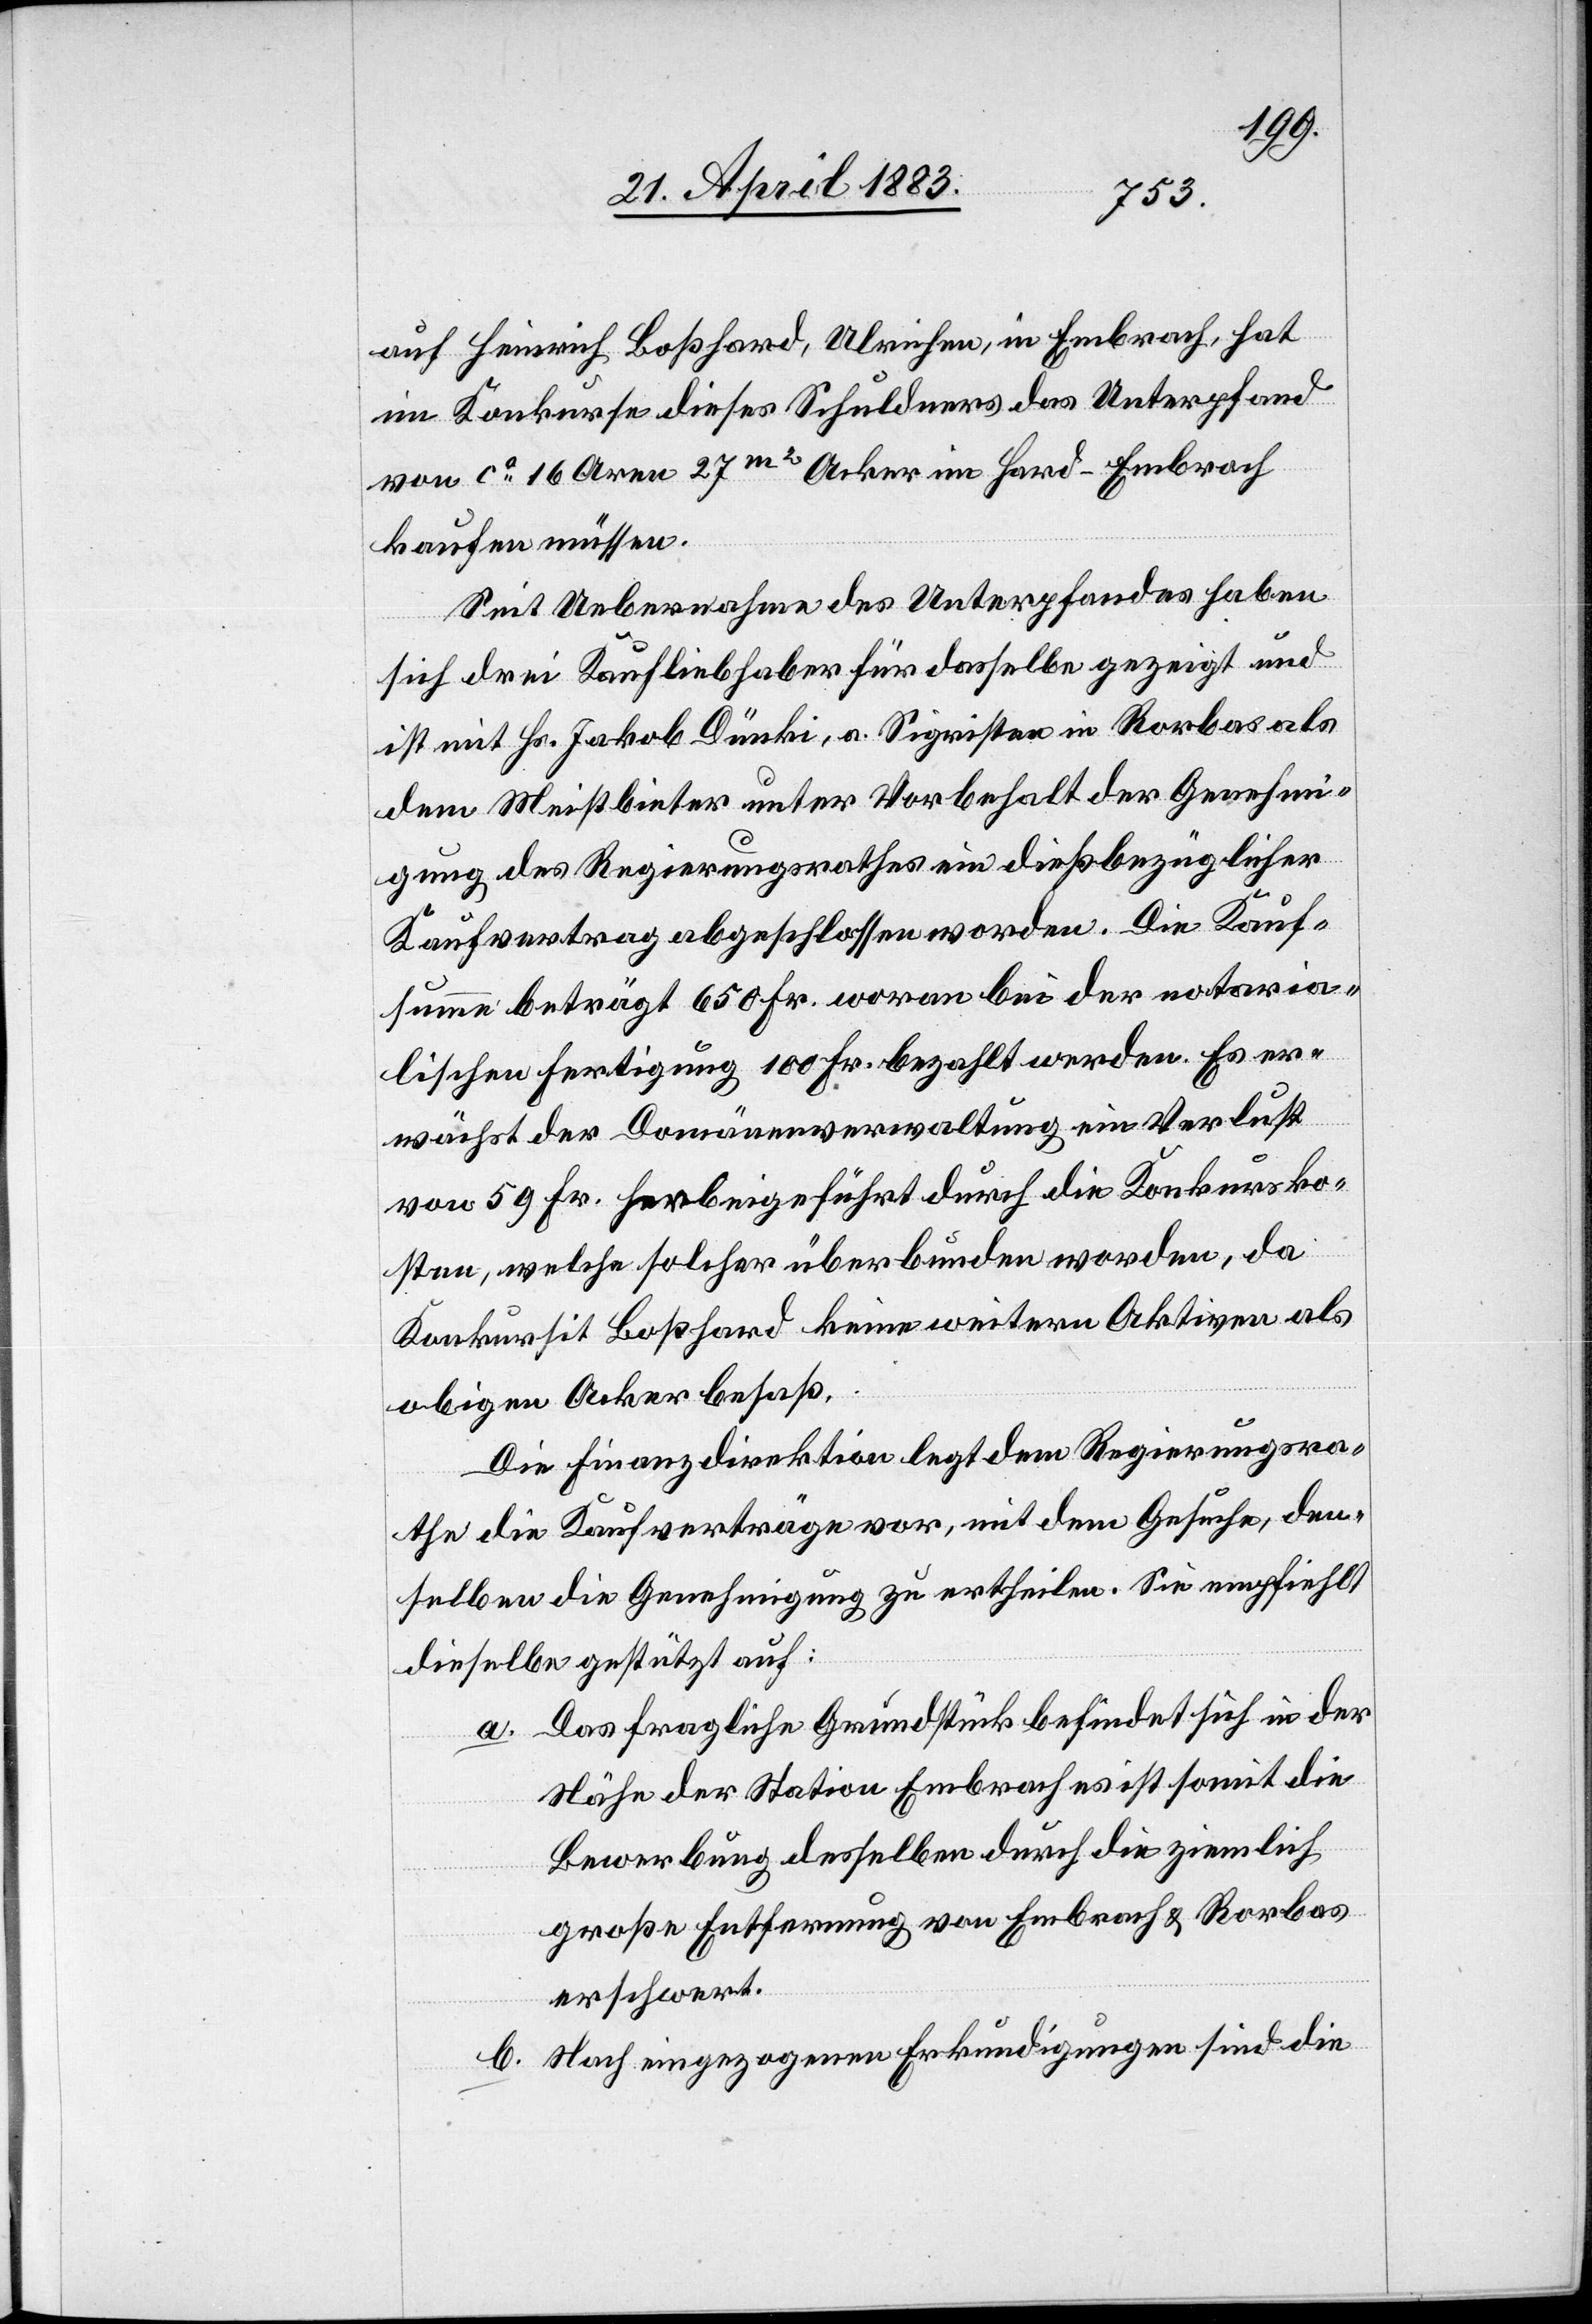
auf Heinrich Boßhard, Ulrichen, in Embrach, hat
im Konkurse dieses Schuldners das Unterpfand
von ca 16 Aren 27m2 Acker in Hard - Embrach
kaufen müssen.
Seit Uebernahme des Unterpfandes haben
sich drei Kaufliebhaber für dasselbe gezeigt und
ist mit Hs. Jakob Dünki, a. Sigristen in Rorbas als
dem Meistbieter unter Vorbehalt der Genehmi¬
gung des Regierungsrathes ein dießbezüglicher
Kaufvertrag abgeschlossen worden. Die Kauf¬
summe beträgt 650 Fr. woran bei der notaria¬
lischen Fertigung 100 Fr. bezahlt werden. Es er¬
wächst der Domänenverwaltung ein Verlust
von 59 Fr. herbeigeführt durch die Konkursko¬
sten, welche solcher überbunden worden, da
Konkursit Boßhard keine weitern Aktiven als
obigen Acker besaß.
Die Finanzdirektion legt dem Regierungsra¬
the die Kaufverträge vor, mit dem Gesuche, dem¬
selben die Genehmigung zu ertheilen. Sie empfiehlt
dieselbe gestützt auf:
a. Das fragliche Grundstück befindet sich in der
Nähe der Station Embrach es ist somit die
Bewerbung desselben durch die ziemlich
große Entfernung von Embrach & Rorbas
erschwert.
b. Nach eingezogenen Erkundigungen sind die